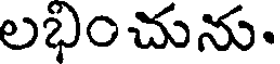
లభించును.